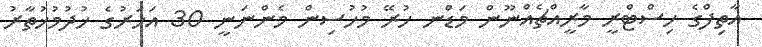
އާތިފްގެ ހިސްޓްރީ މާރީއްޗެއްނޫން މަޑުްނ ހުރޭ މުހުސިން މެންނަނީ 30 އަހަރުގެ ޚުދުމުޚުތާރު